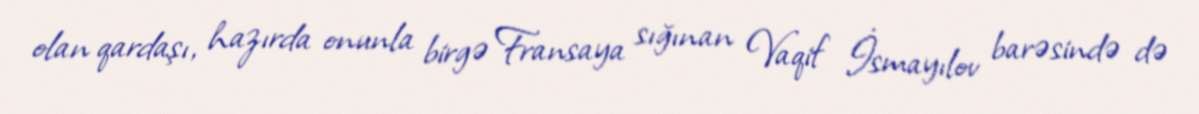
olan qardaşı, hazırda onunla birgə Fransaya sığınan Vaqif İsmayılov barəsində də